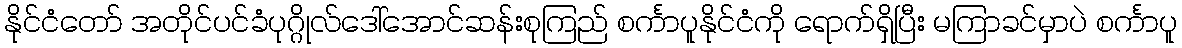
နိုင်ငံတော် အတိုင်ပင်ခံပုဂ္ဂိုလ်ဒေါ်အောင်ဆန်းစုကြည် စင်္ကာပူနိုင်ငံကို ရောက်ရှိပြီး မကြာခင်မှာပဲ စင်္ကာပူ